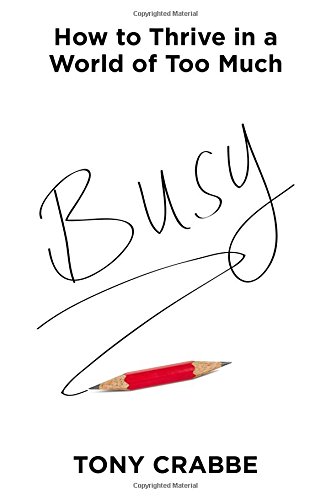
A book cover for Busy: How to Thrive in a World of Too Much; Tony Crabbe; Self-Help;